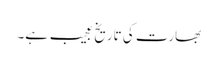
بھارت کی تاریخ عجیب ہے۔